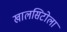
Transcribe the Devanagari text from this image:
खालसिटोला